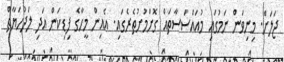
ޖަލަށް. މިނިވަން ނަމުގައި މުއައްސަސާތައް ގޮށްމުށުތެރެގައި. އެއިން މީހާގެ ފިޑިކަން އަދި ލަދުހަޔާތް